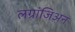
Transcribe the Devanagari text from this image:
लग्रांजिअन